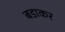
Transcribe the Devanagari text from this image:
बडाकर